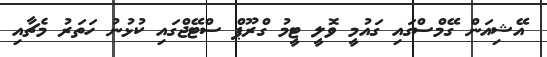
އޭޝިއަން ގޭމްސްގައި ގައުމީ ވޮލީ ޓީމު ގްރޫޕް ސްޓޭޖްގައި ކުޅުނު ހަތަރު މެޗާއި